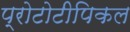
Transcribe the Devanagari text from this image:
प्रोटोटीपिकल